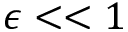
\epsilon < < 1